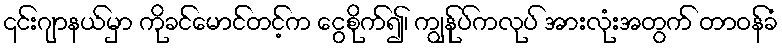
၎င်းဂျာနယ်မှာ ကိုခင်မောင်တင့်က ငွေစိုက်၍၊ ကျွန်ုပ်ကလုပ် အားလုံးအတွက် တာဝန်ခံ